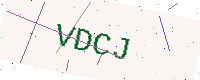
Text: VDCJ